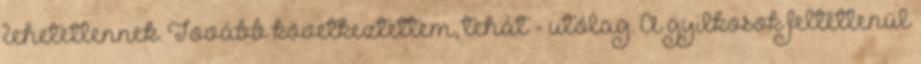
lehetetlennek. Tovább következtettem, tehát - utólag. A gyilkosok feltétlenül